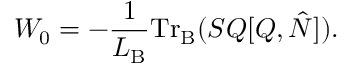
W _ { 0 } = - \frac { 1 } { L _ { \mathrm { B } } } \mathrm { T r } _ { \mathrm { B } } ( { \cal S } { \cal Q } [ { \cal Q } , \hat { N } ] ) .